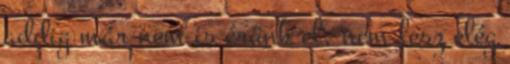
addig már nem is érünk el, nem lesz elég